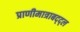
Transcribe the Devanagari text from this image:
प्राणीमात्राबद्द्ल